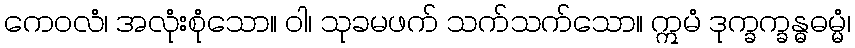
ကေဝလံ၊ အလုံးစုံသော။ ဝါ၊ သုခမဖက် သက်သက်သော။ ဣမံ ဒုက္ခက္ခန္ဓဓမ္မံ၊